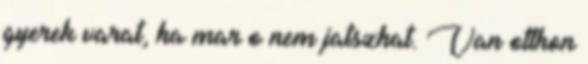
gyerek varat, ha mar o nem jatszhat. Van otthon